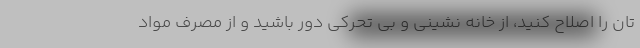
تان را اصلاح کنید، از خانه نشینی و بی تحرکی دور باشید و از مصرف مواد